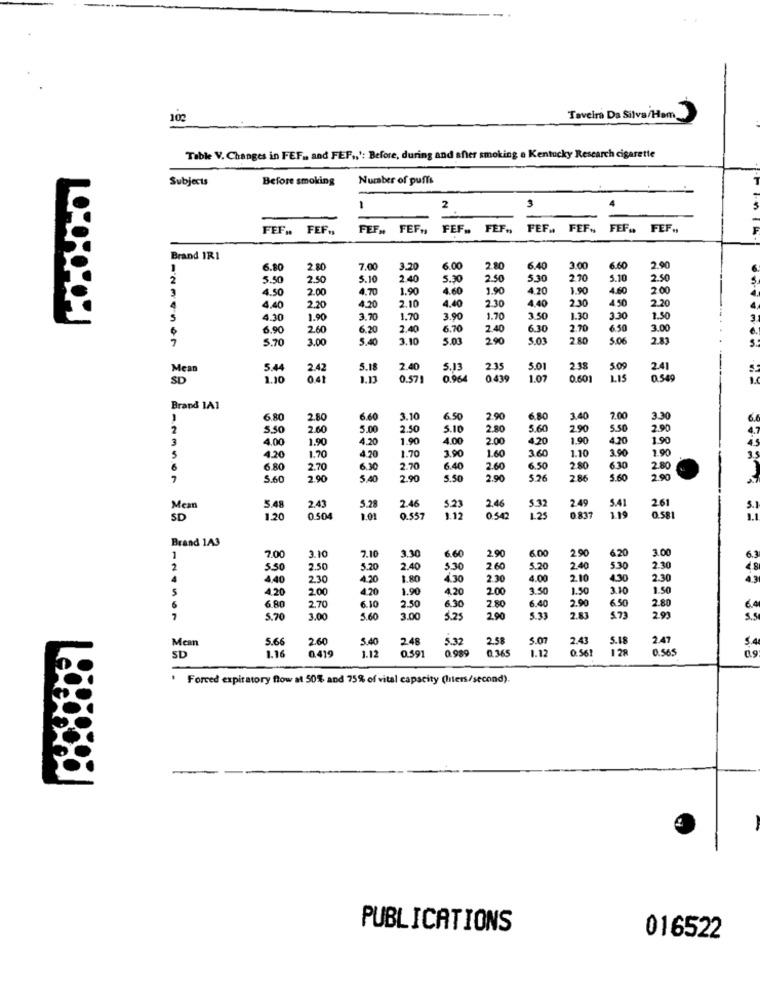
102
Taveira Da Silva/Ham_
Table V. Changes in FEF ., and FEF ., ': Before, during and after smoking a Kentucky Research cigarette
Subjects
Before smoking
Number of puffs
1
3
2
FEF .. FEF .,
FEF ., FEF ,,
FEF ., FEF .,
FEF ., FEF ., FEF ., FEF .,
Brand IRI
6.80
2.80
7.00
3.20
6.00
2.80
6.40
3.00
6.60
2.90
2
5.50
2.50
5.10
24
5.30
2.50
5,30
2.70
5.10
2.50
4.50
2.00
4.70
1.90
4.60
1.90
4.20
1.90
4.60
200
4.40
4.20
2.10
4.40
2.30
4,40
2.30
450
2.20
2.20
5
4.30
1.90
3.70
1.70
3.90
1.70
3.50
1.30
3.30
1.50
6.90
2.60
6.20
2.40
6.70
2.40
6.30
2.70
6.50
3.00
5.70
3.00
5.40
3.10
5.03
290
5.03
280
5.06
2.81
Mean
5.44
2.42
5.18
2.40
5.13
2.35
5.01
2.38
5.09
2.41
SD
1.10
041
1.13
0.571
0.964
0435
1.07
0.60
LIS
0.54
Brand 1A1
6.80
2.80
6.60
3.10
6.50
2.90
6.80
3.40
7.00
3.30
6
2
5.50
2.60
5.00
2.50
5.10
2.80
5.60
2.90
5.50
2.90
4.7
3
4.00
1.90
4.20
1.90
4.00
2.00
4.20
1.90
420
1.90
5
1.70
4.20
1.70
3.90
1.60
3.60
1.10
3.90
2.90
4.20
6
6.80
2.70
6.30
2.70
6.40
2.60
6.50
2.80
630
2.80
7
5.60
2.90
5,40
2,90
5.50
2.90
526
286
5.60
2.90
2.46
2.49
261
Mean
5.48
2.43
5.28
5.23
2.46
5.41
1.19
S.
SD
1.20
0.504
1.01
0.557
542
1.25
0 837
0.58
Brand 1A3
3.30
2.90
3.00
1
7.00
3.10
7.10
6.60
2.90
6.00
6.20
2
5.50
2.50
5.20
2.40
5.30
2.60
5.20
2.40
5.30
2.30
4
4.40
2.30
4.20
1.80
4.30
2.30
4.00
2.10
430
2.30
4.20
2.00
4.20
1.90
4.20
2.00
3.50
1.50
3.10
1.50
2.90
6.50
2.80
6.80
2.70
6.10
2.50
6.30
2.80
6.40
5.70
3.00
5.60
3.00
5.25
2.90
5.33
2.83
2.93
Mean
5.66
2.60
5.40
2.48
5.32
2.58
5.07
2.43
5.18
2.47
5.4
SD
1.16
0419
1.12
0.591
0.989
0.365
1.12
0.56
128
0.565
Forced expiratory flow at 50% and 75% of vital capacity (liters/second).
PUBLICATIONS
016522